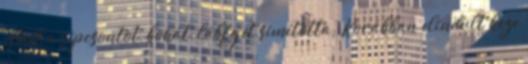
élével a sípcsontot, bokát, lábfejet simította. Korábban elindult keze